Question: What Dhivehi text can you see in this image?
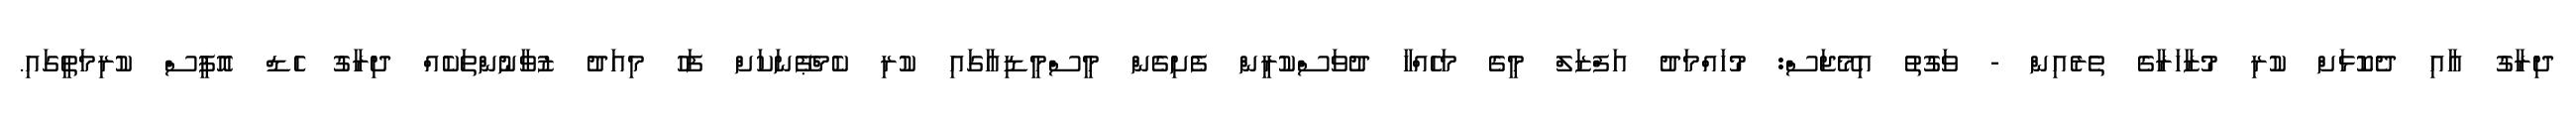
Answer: ދިރާގު އާއި ދެކޮޅަށް ކުރި މުޒާހަރާގެ ތެރެއިން - ވަގުތު އިމޭޖަސް: މުހައްމަދު އަފްޒަލް މީގެ މަހެއްހާ ދުވަސްކުރީން ފެށިގެން މީސްމީޑިއާގައި ކުރި ކެމްޕޭނަކަށް ފަހު މިއަދު ޒުވާނުންތަކެއް ދިރާގު ހެޑް އޮފީސް ކުރިމަތީގައި.